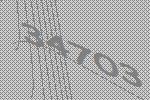
34703